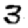
Digit: 3